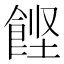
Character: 𲋙